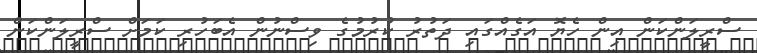
ސްރީލަންކަން އިން ހެޔޮ އަގެއްގައި ދަތުރު ކުރުމުގެ ވިސްނުން އެބަހުރި ކަމަށް ސްރީލަންކަން